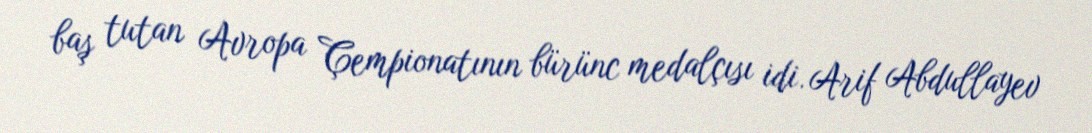
baş tutan Avropa Çempionatının bürünc medalçısı idi. Arif Abdullayev